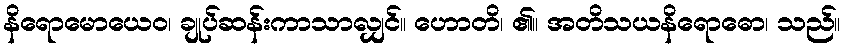
နိရောမောယေဝ၊ ချုပ်ဆန်းကာသာလျှင်။ ဟောတိ၊ ၏။ အတိသယနိရောဓော၊ သည်။